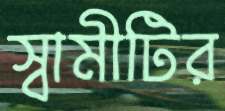
স্বামীটির